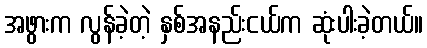
အဖွားက လွန်ခဲ့တဲ့ နှစ်အနည်းငယ်က ဆုံးပါးခဲ့တယ်။